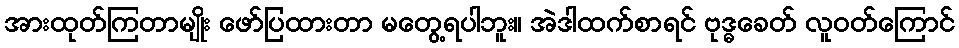
အားထုတ်ကြတာမျိုး ဖော်ပြထားတာ မတွေ့ရပါဘူး။ အဲဒါထက်စာရင် ဗုဒ္ဓခေတ် လူဝတ်ကြောင်